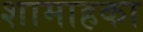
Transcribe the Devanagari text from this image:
शामाहका